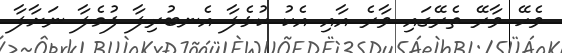
ވެހޭ ވާރޭ ތެރޭގައި ވާރެ އާއި އެކު ކުޅެލާ އެނބުރިލާ ފުމެލާ ނަށާލާ